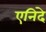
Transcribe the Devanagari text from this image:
एनिदे